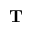
\mathbf T